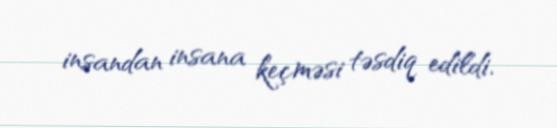
insandan insana keçməsi təsdiq edildi.